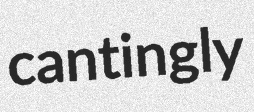
cantingly